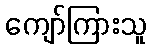
ကျော်ကြားသူ